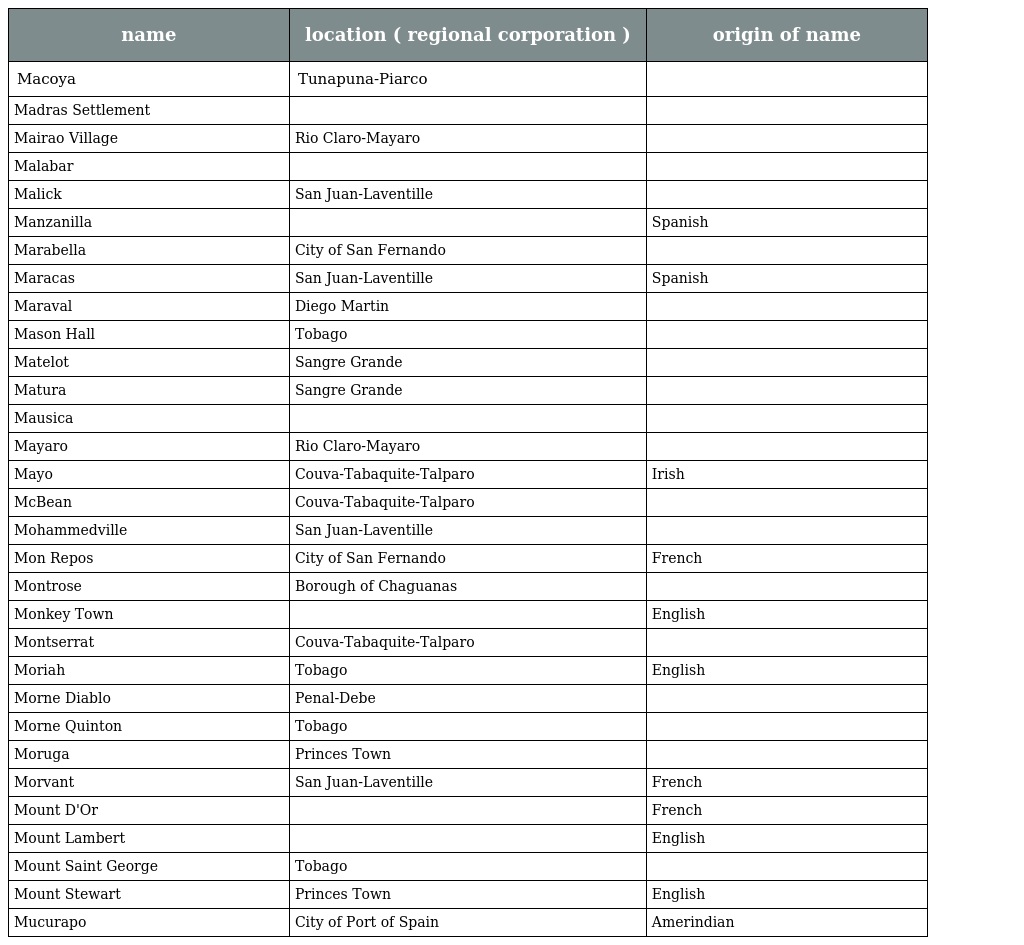
| name | location ( regional corporation ) | origin of name |
 | --- | --- | --- |
 | Macoya | Tunapuna-Piarco |  |
 | Madras Settlement |  |  |
 | Mairao Village | Rio Claro-Mayaro |  |
 | Malabar |  |  |
 | Malick | San Juan-Laventille |  |
 | Manzanilla |  | Spanish |
 | Marabella | City of San Fernando |  |
 | Maracas | San Juan-Laventille | Spanish |
 | Maraval | Diego Martin |  |
 | Mason Hall | Tobago |  |
 | Matelot | Sangre Grande |  |
 | Matura | Sangre Grande |  |
 | Mausica |  |  |
 | Mayaro | Rio Claro-Mayaro |  |
 | Mayo | Couva-Tabaquite-Talparo | Irish |
 | McBean | Couva-Tabaquite-Talparo |  |
 | Mohammedville | San Juan-Laventille |  |
 | Mon Repos | City of San Fernando | French |
 | Montrose | Borough of Chaguanas |  |
 | Monkey Town |  | English |
 | Montserrat | Couva-Tabaquite-Talparo |  |
 | Moriah | Tobago | English |
 | Morne Diablo | Penal-Debe |  |
 | Morne Quinton | Tobago |  |
 | Moruga | Princes Town |  |
 | Morvant | San Juan-Laventille | French |
 | Mount D'Or |  | French |
 | Mount Lambert |  | English |
 | Mount Saint George | Tobago |  |
 | Mount Stewart | Princes Town | English |
 | Mucurapo | City of Port of Spain | Amerindian |